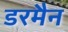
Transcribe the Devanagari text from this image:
डरमैन